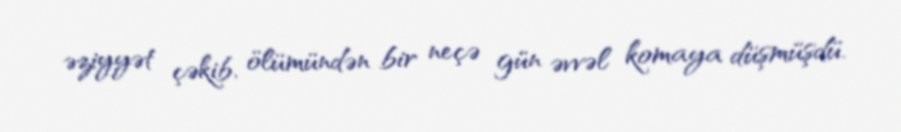
əziyyət çəkib, ölümündən bir neçə gün əvvəl komaya düşmüşdü.